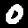
Label: 0